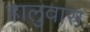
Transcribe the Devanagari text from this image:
हालुवास